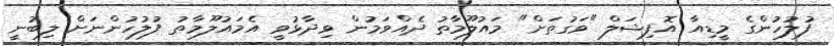
ފުލުހުންގެ މީޑިއާ އޮފިޝަލް "ވަގުތަށް" މައުލޫމާތު ދެއްވަމުން ވިދާޅުވީ އެމައުލޫމާތު ފުލުހުންނަށް ލިބުނީ